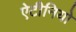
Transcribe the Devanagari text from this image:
ऐटीनियो